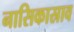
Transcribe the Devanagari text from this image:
नासिकास्राव